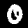
Label: 0